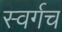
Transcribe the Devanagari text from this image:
स्वर्गच